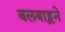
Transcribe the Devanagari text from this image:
बलबाहूने